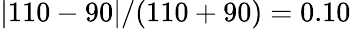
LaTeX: \lvert 110-90\rvert/(110+90)=0.10